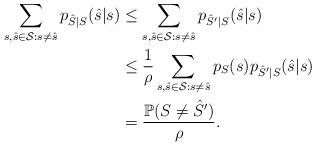
LaTeX: \begin{align*}\sum\limits_{s,\hat{s}\in\mathcal{S}:s\neq\hat{s}}p_{\hat{S}|S}(\hat{s}|s)&\leq\sum\limits_{s,\hat{s}\in\mathcal{S}:s\neq\hat{s}}p_{\hat{S}'|S}(\hat{s}|s)\\&\leq\frac{1}{\rho}\sum\limits_{s,\hat{s}\in\mathcal{S}:s\neq\hat{s}}p_S(s)p_{\hat{S}'|S}(\hat{s}|s)\\&=\frac{\mathbb{P}(S\neq\hat{S}')}{\rho}.\end{align*}